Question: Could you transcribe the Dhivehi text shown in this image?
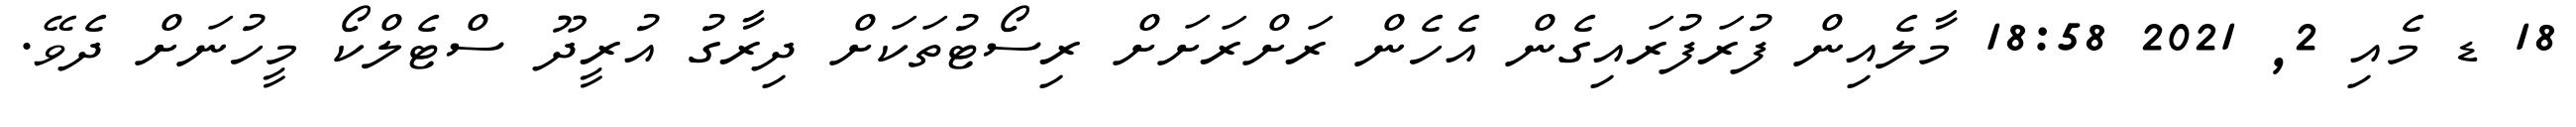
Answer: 18 ޑ މެއި 2, 2021 18:58 މާލެއިން ފުރަފުރައިގެން އެހެން ރަށްރަށަށް ރިސޯޓުތަކަށް ދިރާގު އުރީދޫ ސްޓެލްކޯ މީހުނަށް ދެވޭ.